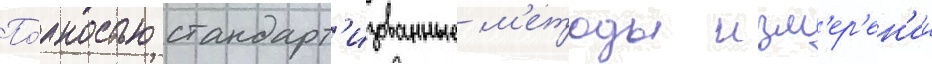
По́лностью стандарт'изованные м'етоды изм'ер'ен'ии